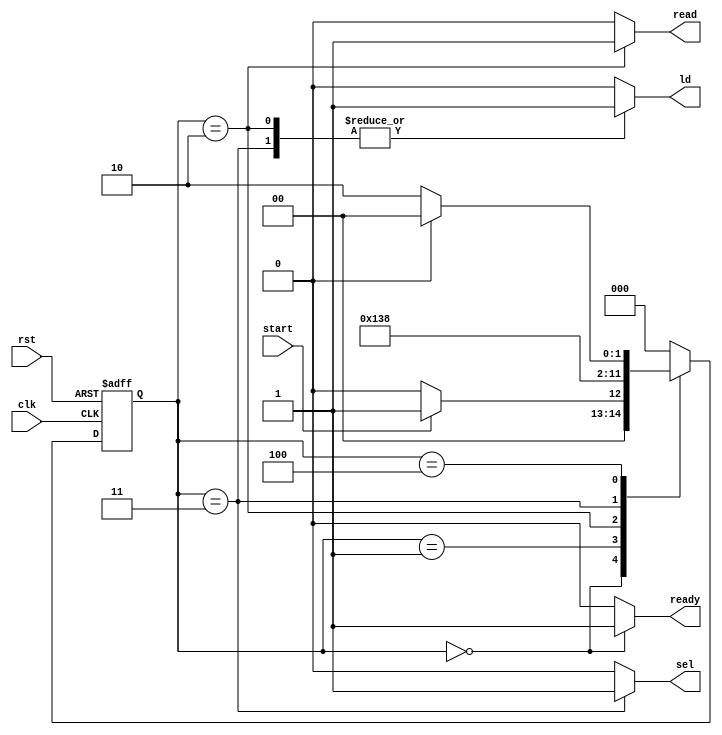
`timescale 1ns/1ns
module pr_CU (clk, rst, start, sel, ld, ready, read);
	parameter [2:0] Idle = 0, Init = 1, Load = 2, Calc = 3, Ready = 4;

    input clk, rst, start;
	output reg sel, ld, ready, read;
	
	wire co;
	reg [2:0] ps, ns;

	always @(ps or co or start) begin
		ns = Idle;
		case(ps)
			Idle:  ns = (start) ? Init : Idle;
			Init:  ns = Load;
			Load:  ns = Calc;
			Calc:  ns = Ready;
			Ready: ns = (co) ? Idle : Load;
		endcase
	end

	always @(ps or co or start)begin
		{sel, ld, ready, read} = 4'd0;
		case (ps)
			Idle: begin
				ready = 1'b1;
			end
			Load: begin
				sel = 1'b0;
				ld = 1'b1;
				read = 1'b1;
			end
			Calc: begin
				sel = 1'b1;
				ld = 1'b1;
			end
		endcase
	end

	always @(posedge clk or posedge rst) begin
		if (rst) begin
			ps <= Idle;
		end else begin
			ps <= ns;
		end
	end

endmodule